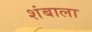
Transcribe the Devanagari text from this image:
शंबाला